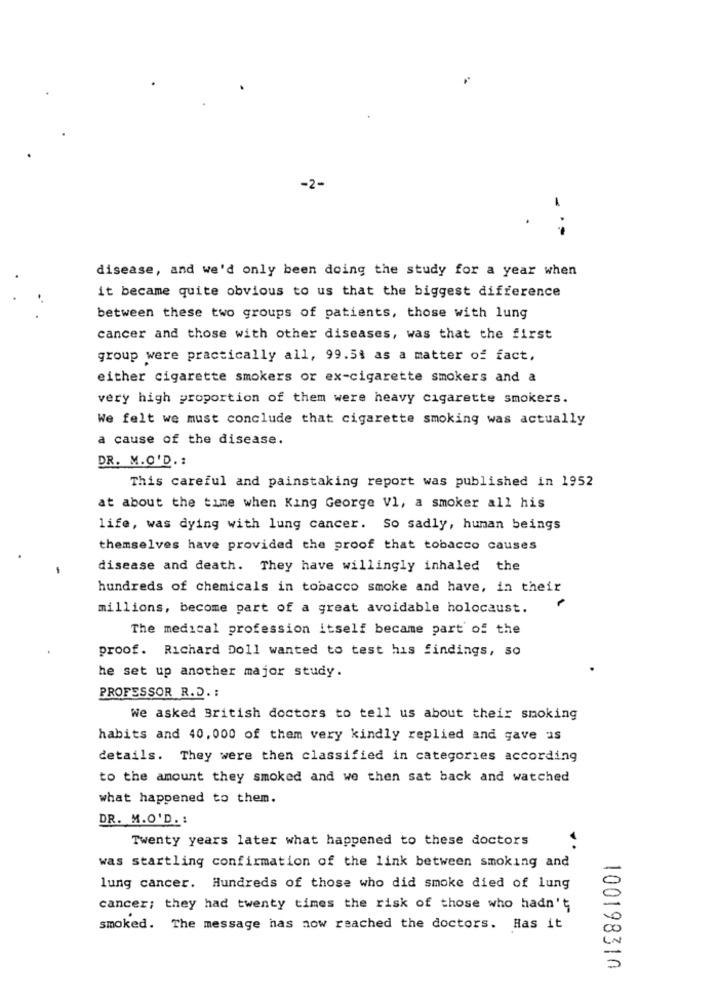
-2-
disease, and we'd only been doing the study for a year when
it became quite obvious to us that the biggest difference
between these two groups of patients, those with lung
cancer and those with other diseases, was that the first
group were practically all, 99.5$ as a matter of fact,
either cigarette smokers or ex-cigarette smokers and a
very high proportion of them were heavy cigarette smokers.
We felt we must conclude that cigarette smoking was actually
a cause of the disease.
DR. M.O.D. :
This careful and painstaking report was published in 1952
at about the time when King George Vl, a smoker all his
life, was dying with lung cancer. So sadly, human beings
themselves have provided the proof that tobacco causes
disease and death. They have willingly inhaled the
hundreds of chemicals in tobacco smoke and have, in their
millions, become part of a great avoidable holocaust.
The medical profession itself became part of the
proof. Richard Doll wanted to test his findings, so
he set up another major study.
PROFESSOR R.D. :
We asked British doctors to tell us about their smoking
habits and 40, 000 of them very kindly replied and gave as
details. They were then classified in categories according
to the amount they smoked and we then sat back and watched
what happened to them.
DR. M.O'D. :
Twenty years later what happened to these doctors
was startling confirmation of the link between smoking and
lung cancer. Hundreds of those who did smoke died of lung
cancer; they had twenty times the risk of those who hadn't
smoked. The message has now reached the doctors. Has it
100198310